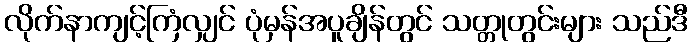
လိုက်နာကျင့်ကြံလျှင် ပုံမှန်အပူချိန်တွင် သတ္တုတွင်းများ သည်ဒီ